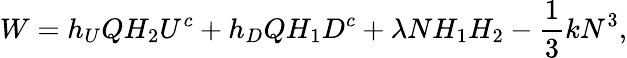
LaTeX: W=h_{U}QH_{2}U^{c}+h_{D}QH_{1}D^{c}+\lambda NH_{1}H_{2}-\frac{1}{3}kN^{3},